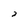
Character: 2